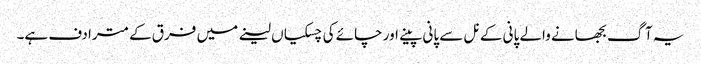
یہ آگ بجھانے والے پانی کے نل سے پانی پینے اور چائے کی چسکیاں لینے میں فرق کے مترادف ہے۔